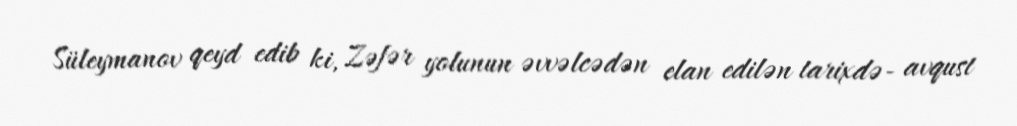
Süleymanov qeyd edib ki, Zəfər yolunun əvvəlcədən elan edilən tarixdə- avqust